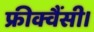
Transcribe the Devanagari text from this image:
फ्रीक्वैंसी।